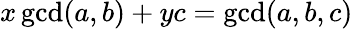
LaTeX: x\operatorname*{gcd}(a,b)+yc=\operatorname*{gcd}(a,b,c)